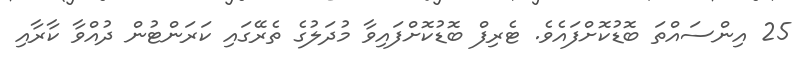
25 އިންސައްތަ ބޮޑުކޮށްފައެވެ. ޓެރިފް ބޮޑުކޮށްފައިވާ މުދަލުގެ ތެރޭގައި ކަރަންޓުން ދުއްވާ ކާރާއި